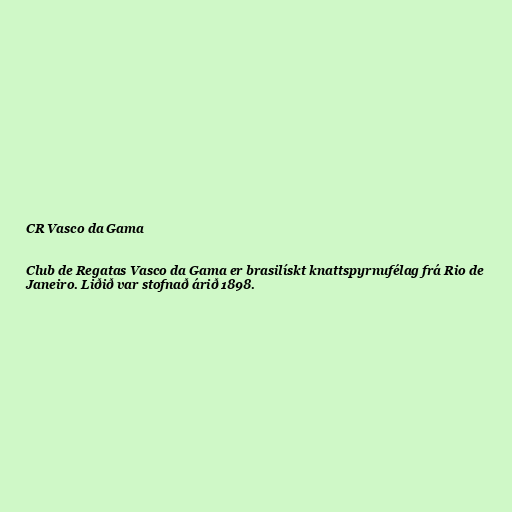
CR Vasco da Gama

Club de Regatas Vasco da Gama er brasilískt knattspyrnufélag frá Rio de
Janeiro. Liðið var stofnað árið 1898.